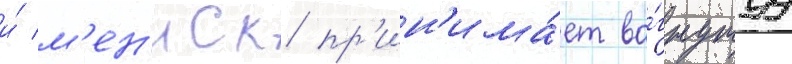
и́ м'ен'иск пр'ин'има́ет во́гнутуу